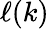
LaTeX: \ell(k)